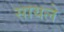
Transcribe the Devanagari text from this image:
सायले